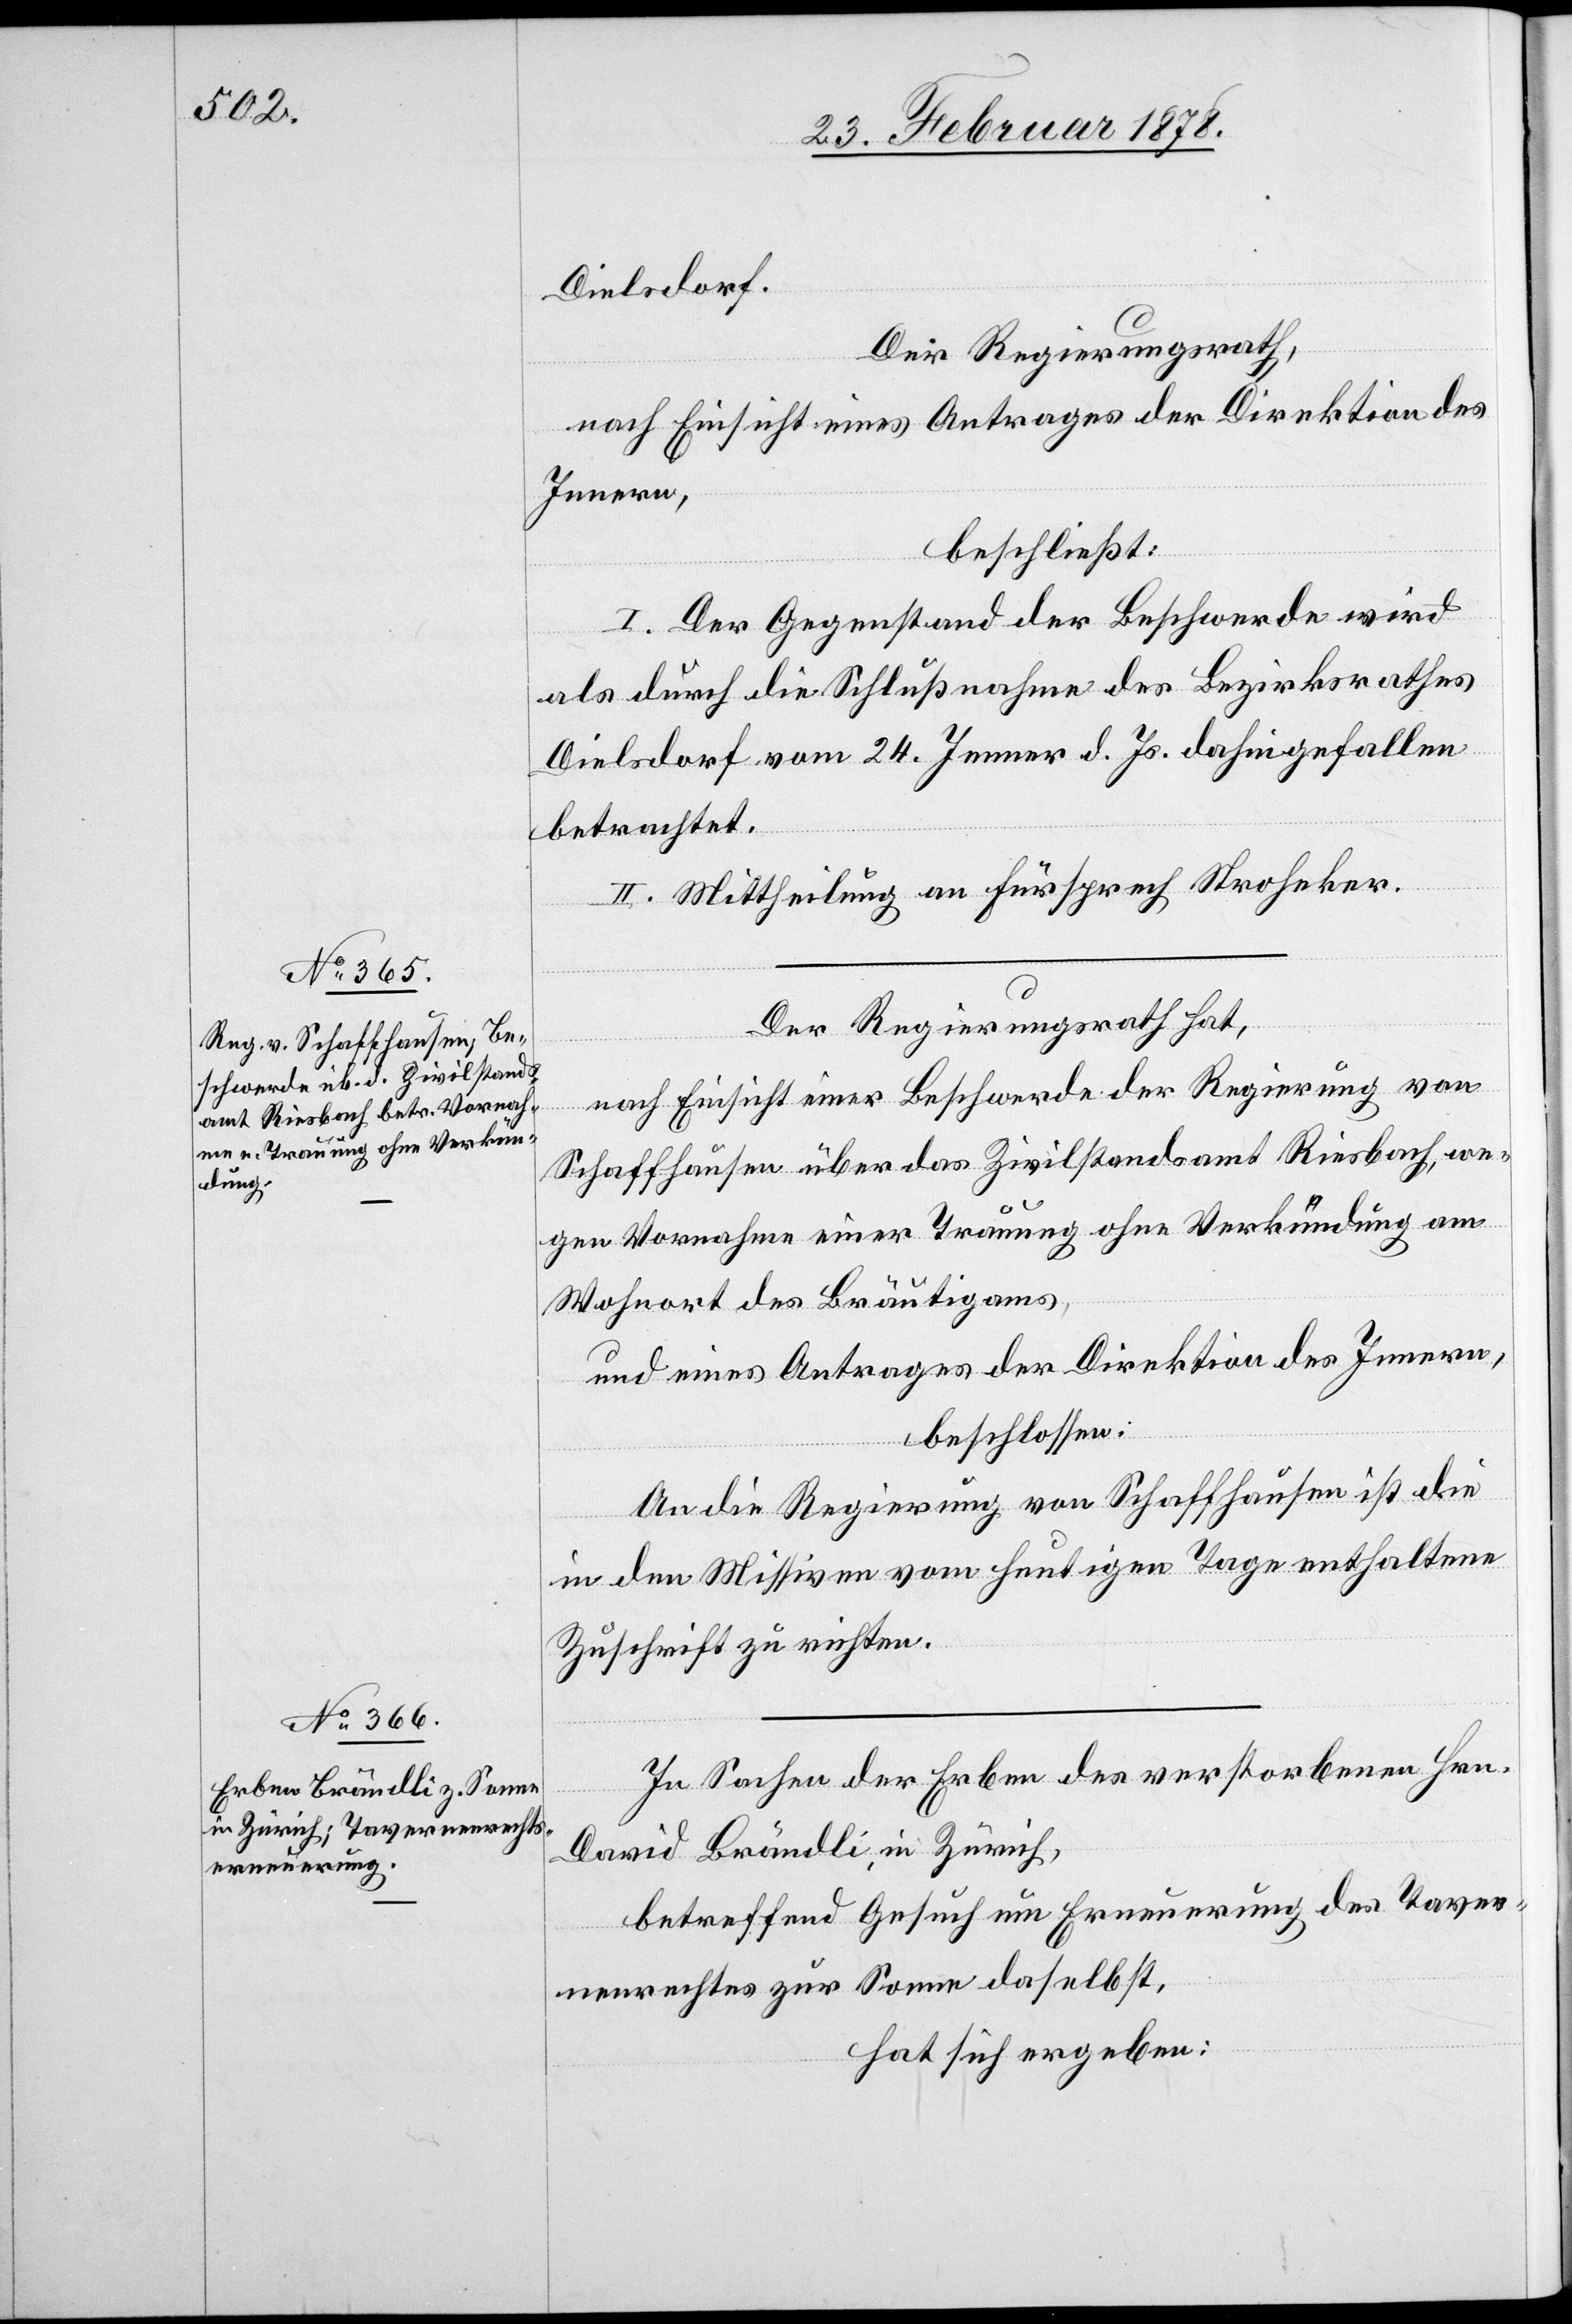
Dielsdorf.
Der Regierungsrath,
nach Einsicht eines Antrages der Direktion des
Innern,
beschließt:
I. Der Gegenstand der Beschwerde wird
als durch die Schlußnahme des Bezirksrathes
Dielsdorf vom 24. Jenner d. Js. dahingefallen
betrachtet.
II. Mittheilung an Fürsprech Stroheker.
Der Regierungsrath hat,
nach Einsicht einer Beschwerde der Regierung von
Schaffhausen über das Zivilstandsamt Riesbach, we¬
gen Vornahme einer Trauung ohne Verkündung am
Wohnort des Bräutigams,
und eines Antrages der Direktion des Innern,
beschlossen:
An die Regierung von Schaffhausen ist die
in den Missiven vom heutigen Tage enthaltene
Zuschrift zu richten.
In Sachen der Erben des verstorbenen Hrn.
David Brändli in Zürich,
betreffend Gesuch um Erneuerung des Taver¬
nenrechtes zur Sonne daselbst,
hat sich ergeben: